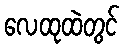
လေထုထဲတွင်